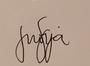
Signature authenticity: genuine